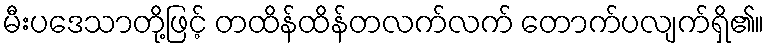
မီးပဒေသာတို့ဖြင့် တထိန်ထိန်တလက်လက် တောက်ပလျက်ရှိ၏။